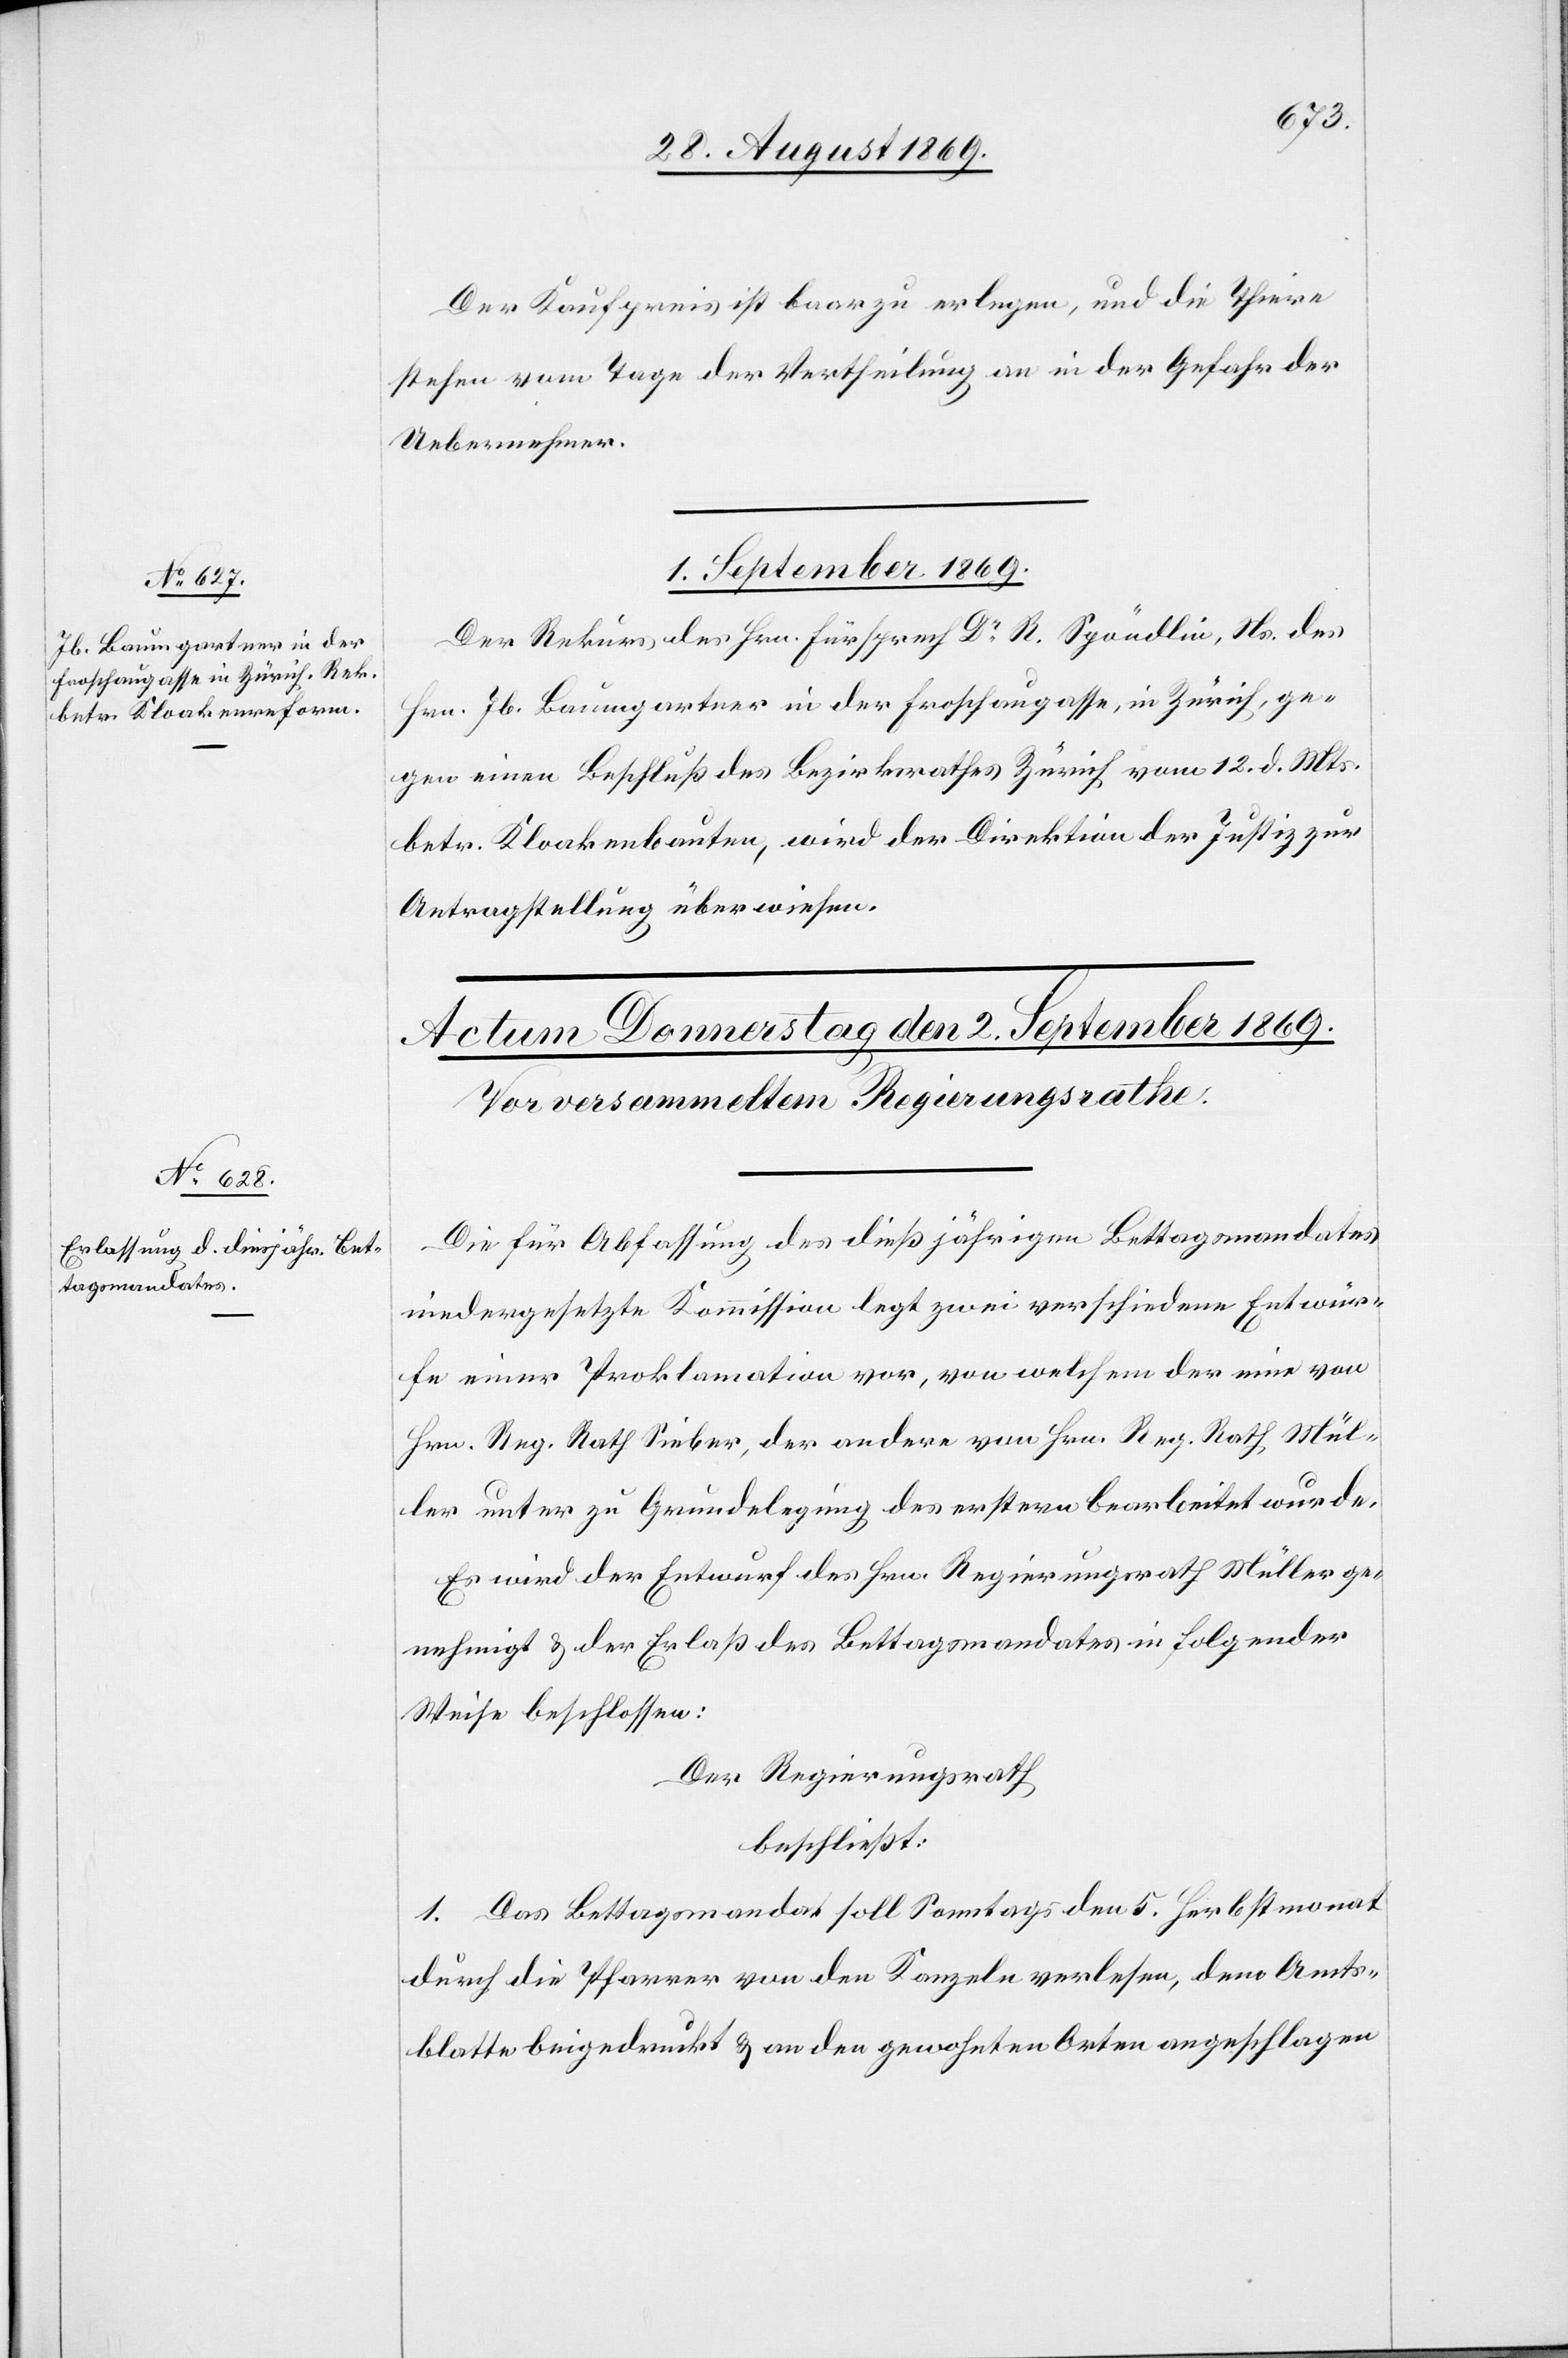
Der Kaufpreis ist baar zu erlegen, und die Thiere
stehen vom Tage der Vertheilung an in der Gefahr der
Uebernehmer.
1. September 1869.
Der Rekurs des Hrn. Fürsprech Dr R. Spöndlin, Ns. des
Hrn. Jb. Baumgartner in der Froschaugasse, in Zürich, ge¬
gen einen Beschluß des Bezirksrathes Zürich vom 12. d. Mts.
betr. Kloakenbauten, wird der Direktion der Justiz zur
Antragstellung überwiesen.
Die für Abfassung des dießjährigen Bettagsmandates
niedergesetzte Kommission legt zwei verschiedene Entwür¬
fe einer Proklamation vor, von welchem der eine von
Hrn. Reg. Rath Sieber, der andere von Hrn. Reg. Rath Mül¬
ler unter zu Grundelegung des erstern bearbeitet wurde.
Es wird der Entwurf des Hrn. Regierungsrath Müller ge¬
nehmigt & der Erlaß des Bettagsmandates in folgender
Weise beschlossen:
Der Regierungsrath
beschließt:
1. Das Bettagsmandat soll Sonntags den 5. Herbstmonat
durch die Pfarrer von den Kanzeln verlesen, dem Amts¬
blatte beigedruckt & an den gewohnten Orten angeschlagen